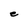
Character: e